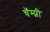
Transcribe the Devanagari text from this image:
चॅम्प्नी